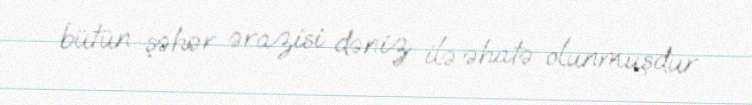
bütün şəhər ərazisi dəniz ilə əhatə olunmuşdur.